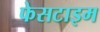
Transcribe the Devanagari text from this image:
फेसटाइम